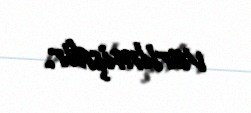
verilmişdir.